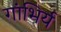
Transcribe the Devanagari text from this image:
गांभिर्य